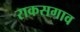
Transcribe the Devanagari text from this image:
राकसगाव